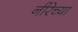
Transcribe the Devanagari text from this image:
नीरेच्या